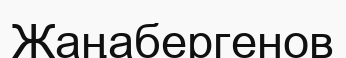
Жаңабергенов